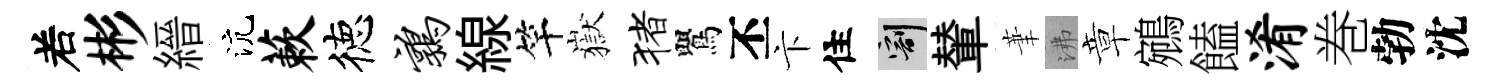
𠰥彬縉沆蔌徳鹑線竿嶽猪鸎丕卞住割輦茟沸章鵷饁淆巻勃沈